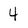
Character: 4